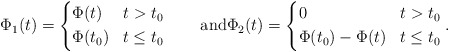
\begin{align*}\Phi_1(t)=\left\lbrace\begin{aligned}& \Phi(t) & t>t_0 \\& \Phi(t_0) & t\leq t_0\end{aligned}\right.\qquad\hbox{and}\Phi_2(t)=\left\lbrace\begin{aligned}& 0 & t>t_0 \\& \Phi(t_0)-\Phi(t) & t\leq t_0\end{aligned}\right. .\end{align*}